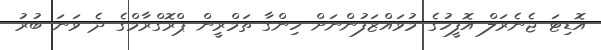
އޮޑިޓަ ޖެނެރަލް އޮފީހުގެ މުވައްޒަފުންނަށް ހިންގާ ތަމްރީން ޕްރޮގްރާމްގެ ދެ ވަނަ ބުރު